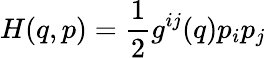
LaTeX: H(q,p)={\frac{1}{2}}g^{ij}(q)p_{i}p_{j}